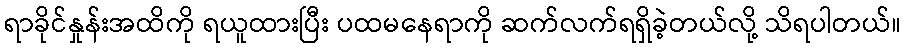
ရာခိုင်နှုန်းအထိကို ရယူထားပြီး ပထမနေရာကို ဆက်လက်ရရှိခဲ့တယ်လို့ သိရပါတယ်။